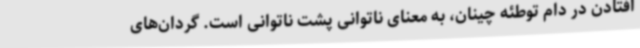
افتادن در دام توطئه چینان، به معنای ناتوانی پشت ناتوانی است. گردان‌های